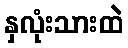
နှလုံးသားထဲ